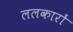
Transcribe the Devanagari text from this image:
ललकारों